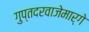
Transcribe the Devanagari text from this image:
गुप्तदरवाजेमार्गे